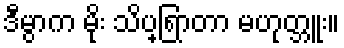
ဒီမွာက မိုး သိပ္ရြာတာ မဟုတ္ဘူး။